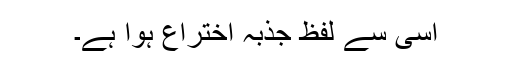
اسی سے لفظ جذبہ اختراع ہوا ہے۔